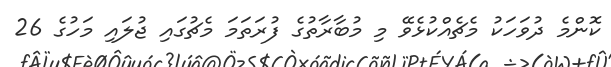
ކޮންމެ ދުވަހަކު މެޗެއްކުޅެވޭ މި މުބާރާތުގެ ފުރަތަމަ މެޗުގައި ޖުލައި މަހުގެ 26